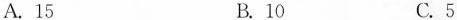
A.15 B.10 C.5